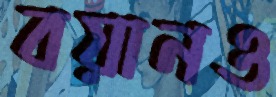
বয়ানও